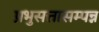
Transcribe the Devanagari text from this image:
प्रभुसत्तासम्पन्न